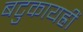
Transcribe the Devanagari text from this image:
बटुकायह्रीं